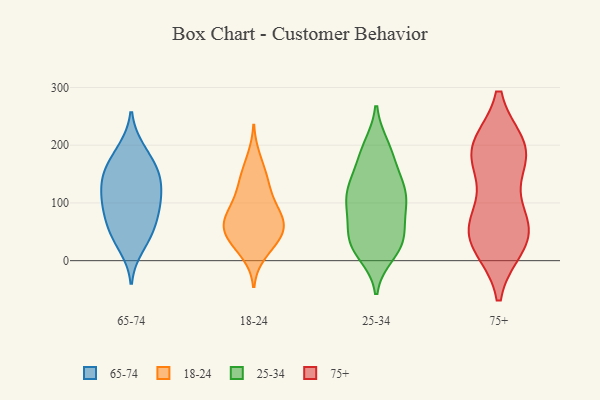
{"axis": {"x": "Active Users", "y": "Value"}, "legend": ["18-24", "25-34", "65-74", "75+"], "data": [{"x": "", "y": 59, "type": "65-74"}, {"x": "", "y": 101, "type": "65-74"}, {"x": "", "y": 158, "type": "65-74"}, {"x": "", "y": 56, "type": "65-74"}, {"x": "", "y": 88, "type": "65-74"}, {"x": "", "y": 147, "type": "65-74"}, {"x": "", "y": 33, "type": "65-74"}, {"x": "", "y": 57, "type": "65-74"}, {"x": "", "y": 121, "type": "65-74"}, {"x": "", "y": 114, "type": "65-74"}, {"x": "", "y": 152, "type": "65-74"}, {"x": "", "y": 89, "type": "65-74"}, {"x": "", "y": 159, "type": "65-74"}, {"x": "", "y": 22, "type": "65-74"}, {"x": "", "y": 193, "type": "65-74"}, {"x": "", "y": 105, "type": "65-74"}, {"x": "", "y": 144, "type": "65-74"}, {"x": "", "y": 195, "type": "65-74"}, {"x": "", "y": 132, "type": "18-24"}, {"x": "", "y": 65, "type": "18-24"}, {"x": "", "y": 11, "type": "18-24"}, {"x": "", "y": 54, "type": "18-24"}, {"x": "", "y": 69, "type": "18-24"}, {"x": "", "y": 137, "type": "18-24"}, {"x": "", "y": 88, "type": "18-24"}, {"x": "", "y": 105, "type": "18-24"}, {"x": "", "y": 23, "type": "18-24"}, {"x": "", "y": 150, "type": "18-24"}, {"x": "", "y": 75, "type": "18-24"}, {"x": "", "y": 44, "type": "18-24"}, {"x": "", "y": 47, "type": "18-24"}, {"x": "", "y": 35, "type": "18-24"}, {"x": "", "y": 96, "type": "18-24"}, {"x": "", "y": 60, "type": "18-24"}, {"x": "", "y": 179, "type": "18-24"}, {"x": "", "y": 132, "type": "25-34"}, {"x": "", "y": 162, "type": "25-34"}, {"x": "", "y": 32, "type": "25-34"}, {"x": "", "y": 194, "type": "25-34"}, {"x": "", "y": 185, "type": "25-34"}, {"x": "", "y": 108, "type": "25-34"}, {"x": "", "y": 26, "type": "25-34"}, {"x": "", "y": 118, "type": "25-34"}, {"x": "", "y": 12, "type": "25-34"}, {"x": "", "y": 198, "type": "25-34"}, {"x": "", "y": 25, "type": "25-34"}, {"x": "", "y": 89, "type": "25-34"}, {"x": "", "y": 126, "type": "25-34"}, {"x": "", "y": 101, "type": "25-34"}, {"x": "", "y": 134, "type": "25-34"}, {"x": "", "y": 27, "type": "25-34"}, {"x": "", "y": 42, "type": "25-34"}, {"x": "", "y": 52, "type": "25-34"}, {"x": "", "y": 72, "type": "25-34"}, {"x": "", "y": 98, "type": "25-34"}, {"x": "", "y": 31, "type": "75+"}, {"x": "", "y": 182, "type": "75+"}, {"x": "", "y": 196, "type": "75+"}, {"x": "", "y": 50, "type": "75+"}, {"x": "", "y": 189, "type": "75+"}, {"x": "", "y": 45, "type": "75+"}, {"x": "", "y": 28, "type": "75+"}, {"x": "", "y": 84, "type": "75+"}, {"x": "", "y": 64, "type": "75+"}, {"x": "", "y": 195, "type": "75+"}, {"x": "", "y": 181, "type": "75+"}]}